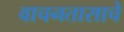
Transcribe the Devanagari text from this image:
वाचनतासाचे